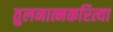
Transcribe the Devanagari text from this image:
तुलनात्मकरित्या